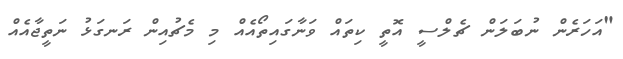
"އަހަރެން ނުބަލަން ޗެލްސީ އޮތީ ކިތައް ވަނާގައިތޯއެއް މި މެޗުއިން ރަނގަޅު ނަތީޖާއެއް